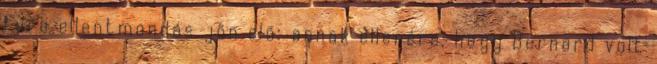
fura ellentmondás jön elő: annak ellenére, hogy Bernard volt